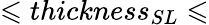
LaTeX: \leqslant thickness_{SL}\leqslant